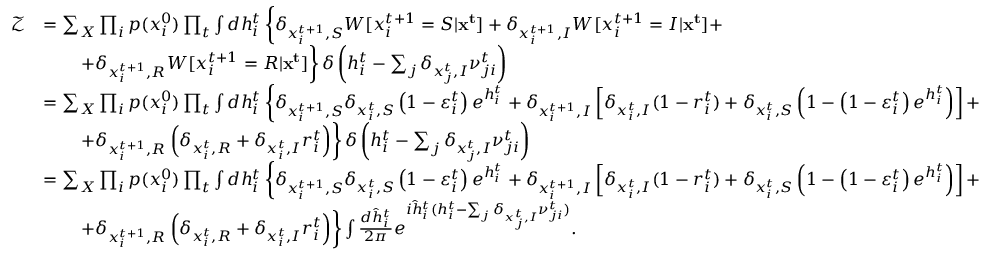
\begin{array} { r l } { \mathcal { Z } } & { = \sum _ { \boldsymbol { X } } \prod _ { i } p ( x _ { i } ^ { 0 } ) \prod _ { t } \int d h _ { i } ^ { t } \left\{ \delta _ { x _ { i } ^ { t + 1 } , S } W [ x _ { i } ^ { t + 1 } = S | \mathbf { x ^ { t } } ] + \delta _ { x _ { i } ^ { t + 1 } , I } W [ x _ { i } ^ { t + 1 } = I | \mathbf { x ^ { t } } ] + \right. } \\ & { \qquad \left. + \delta _ { x _ { i } ^ { t + 1 } , R } W [ x _ { i } ^ { t + 1 } = R | \mathbf { x ^ { t } } ] \right\} \delta \left( h _ { i } ^ { t } - \sum _ { j } \delta _ { x _ { j } ^ { t } , I } \nu _ { j i } ^ { t } \right) } \\ & { = \sum _ { \boldsymbol { X } } \prod _ { i } p ( x _ { i } ^ { 0 } ) \prod _ { t } \int d h _ { i } ^ { t } \left\{ \delta _ { x _ { i } ^ { t + 1 } , S } \delta _ { x _ { i } ^ { t } , S } \left( 1 - \varepsilon _ { i } ^ { t } \right) e ^ { h _ { i } ^ { t } } + \delta _ { x _ { i } ^ { t + 1 } , I } \left[ \delta _ { x _ { i } ^ { t } , I } ( 1 - r _ { i } ^ { t } ) + \delta _ { x _ { i } ^ { t } , S } \left( 1 - \left( 1 - \varepsilon _ { i } ^ { t } \right) e ^ { h _ { i } ^ { t } } \right) \right] + \right. } \\ & { \qquad \left. + \delta _ { x _ { i } ^ { t + 1 } , R } \left( \delta _ { x _ { i } ^ { t } , R } + \delta _ { x _ { i } ^ { t } , I } r _ { i } ^ { t } \right) \right\} \delta \left( h _ { i } ^ { t } - \sum _ { j } \delta _ { x _ { j } ^ { t } , I } \nu _ { j i } ^ { t } \right) } \\ & { = \sum _ { \boldsymbol { X } } \prod _ { i } p ( x _ { i } ^ { 0 } ) \prod _ { t } \int d h _ { i } ^ { t } \left\{ \delta _ { x _ { i } ^ { t + 1 } , S } \delta _ { x _ { i } ^ { t } , S } \left( 1 - \varepsilon _ { i } ^ { t } \right) e ^ { h _ { i } ^ { t } } + \delta _ { x _ { i } ^ { t + 1 } , I } \left[ \delta _ { x _ { i } ^ { t } , I } ( 1 - r _ { i } ^ { t } ) + \delta _ { x _ { i } ^ { t } , S } \left( 1 - \left( 1 - \varepsilon _ { i } ^ { t } \right) e ^ { h _ { i } ^ { t } } \right) \right] + \right. } \\ & { \qquad \left. + \delta _ { x _ { i } ^ { t + 1 } , R } \left( \delta _ { x _ { i } ^ { t } , R } + \delta _ { x _ { i } ^ { t } , I } r _ { i } ^ { t } \right) \right\} \int \frac { d \hat { h } _ { i } ^ { t } } { 2 \pi } e ^ { i \hat { h } _ { i } ^ { t } ( h _ { i } ^ { t } - \sum _ { j } \delta _ { x _ { j } ^ { t } , I } \nu _ { j i } ^ { t } ) } . } \end{array}